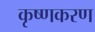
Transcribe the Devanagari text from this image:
कृष्णकरण